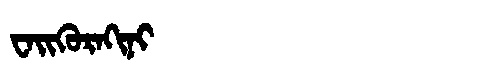
Manchu: ᠸᠠᡳᡴᡠᡵᠠᡴᡳᠨᡳ
Romanization: WAIKURAKINI